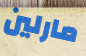
مارلين